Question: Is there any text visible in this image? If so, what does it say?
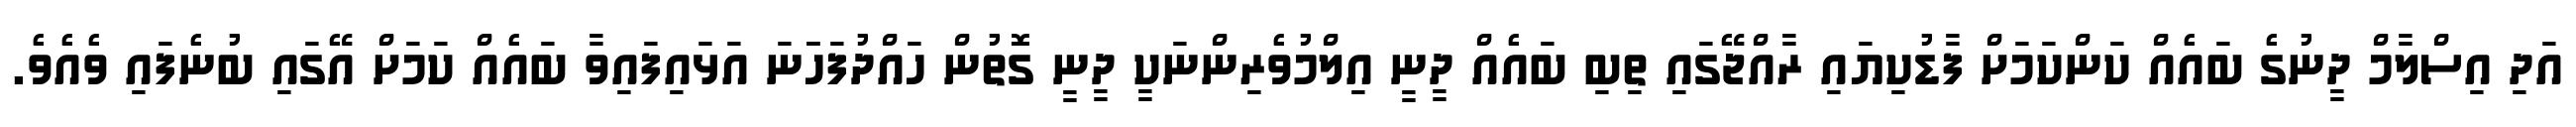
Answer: އަދި އިސްލާމް ދީނުގެ ބައެއް ކަންކަމަށް ފާޑުކިޔައި ރާއްޖޭގައި ތިބި ބައެއް ދީނީ އިލްމުވެރިންނަކީ ދީނީ ގޮތުން ހައްދުފަހަަނަ އަޅައިފައިވާ ބައެއް ކަމަށް އޭގައި ބުނެފައި ވެއެވެ.